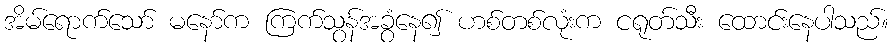
အိမ်ရောက်သော် မနော်က ကြက်သွန်အခွံနေ၍ ဟစ်တစ်လုံးက ငရုတ်သီး ထောင်းနေပါသည်။